Leaving Certificate Examination (including Day School Certificate (Higher) General paper), 1931
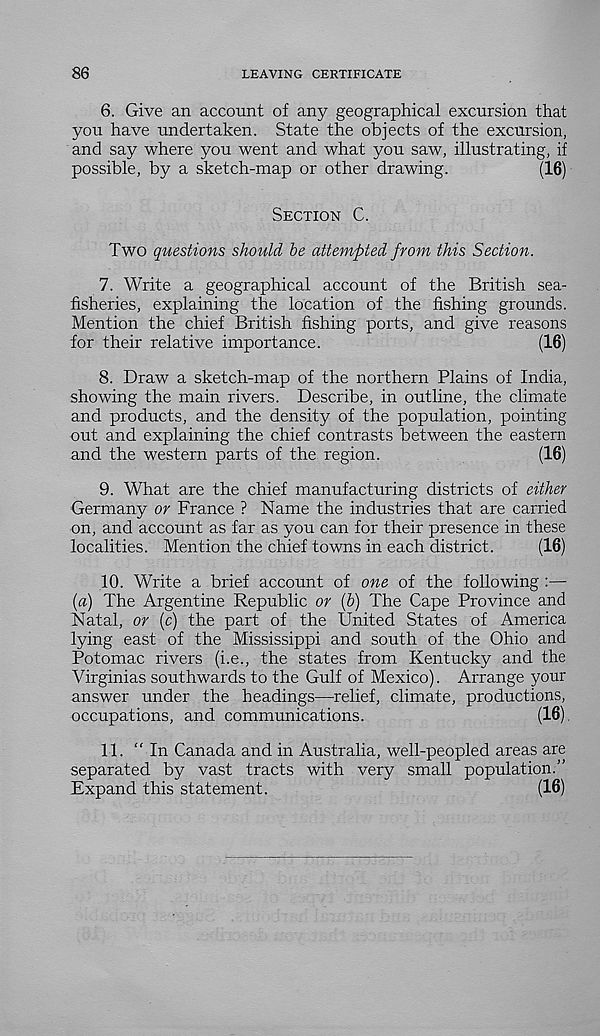
LEAVING CERTIFICATE
6. Give an account of any geographical excursion that
you have undertaken. State the objects of the excursion,
and say where you went and what you saw, illustrating, if
possible, by a sketch-map or other drawing.
(16)
Section C.
Two questions should be attempted from this Section.
7. Write a geographical account of the British sea-
fisheries, explaining the location of the fishing grounds.
Mention the chief British fishing ports, and give reasons
for their relative importance.
(16)
8. Draw a sketch-map of the northern Plains of India,
showing the main rivers. Describe, in outline, the climate
and products, and the density of the population, pointing
out and explaining the chief contrasts between the eastern
and the western parts of the region.
(16)
9. What are the chief manufacturing districts of either
Germany or France ? Name the industries that are carried
on, and account as far as you can for their presence in these
localities. Mention the chief towns in each district.
(16)
10. Write a brief account of one of the following :—
{a) The Argentine Republic or (b) The Cape Province and
Natal, or (c) the part of the United States of America
lying east of the Mississippi and south of the Ohio and
Potomac rivers (i.e., the states from Kentucky and the
Virginias southwards to the Gulf of Mexico). Arrange your
answer under the headings—relief, climate, productions,
occupations, and communications.
(16)
11. “ In Canada and in Australia, well-peopled areas are
separated by vast tracts with very small population.”
Expand this statement.
(16)